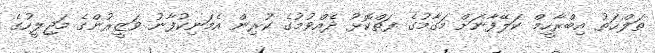
ޠަލްޙަތު އިބްރާހީމް ކަލޭފާނަށް މަގާމުގެ ފަތްކޮޅު ދެއްވުމުގެ ކުރިން އެމަނިކުފާނު ވަޒީރުންގެ މަޖިލީހުގެ